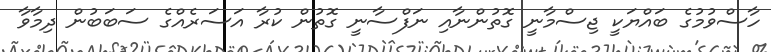
ހާސްވުމުގެ ބައްޔަކީ ޖިސްމާނީ ގޮތުންނާއި ނަފްސާނީ ގޮތުން ކުރާ އަސަރެއްގެ ސަބަބުން ދިމާވާ